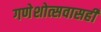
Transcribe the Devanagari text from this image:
गणेशोत्सवासही